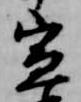
宣